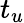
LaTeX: t_{u}